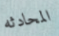
المحادثه